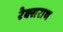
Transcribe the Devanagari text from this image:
रेक्सराथ